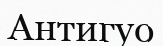
Антигуо